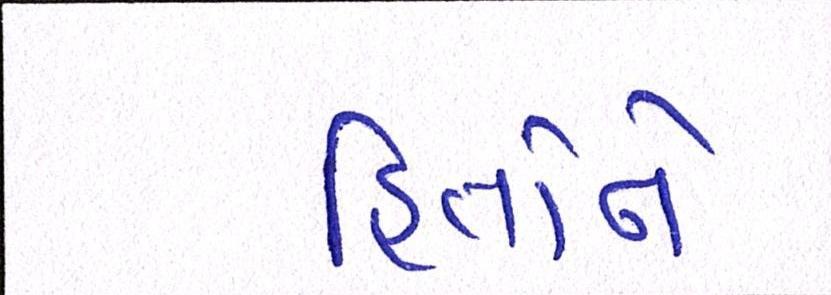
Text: હિતોને